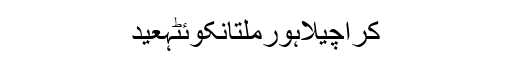
کراچیلاہورملتانکوئٹہعید